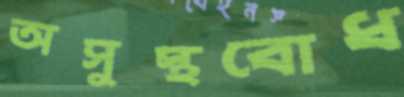
অসুস্থবোধ